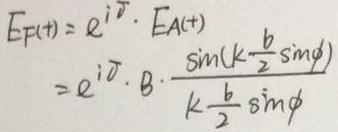
\[
\begin{align*}
E_{P}(t)&=e^{i\delta}\cdot E_{A}(t)\\
&=e^{i\delta}\cdot B\cdot\frac{\sin(k\frac{b}{2}\sin\phi)}{k\frac{b}{2}\sin\phi}
\end{align*}
\]